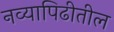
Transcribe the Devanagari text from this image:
नव्यापिढीतील